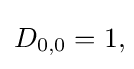
D_{0,0}=1,\!